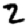
Digit: 2